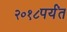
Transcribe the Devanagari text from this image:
२०१८पर्यंत